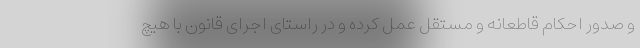
و صدور احکام قاطعانه و مستقل عمل کرده و در راستای اجرای قانون با هیچ